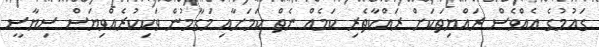
ގައުމުގެ އެއްވެސް ރައްޔިތަކަށް ރައްކާތެރި ކަމެއް ނެތް ކަމަށާއި މަގާމުން ވަކިކުރެއްވިޔަސް ސިޔާސީ